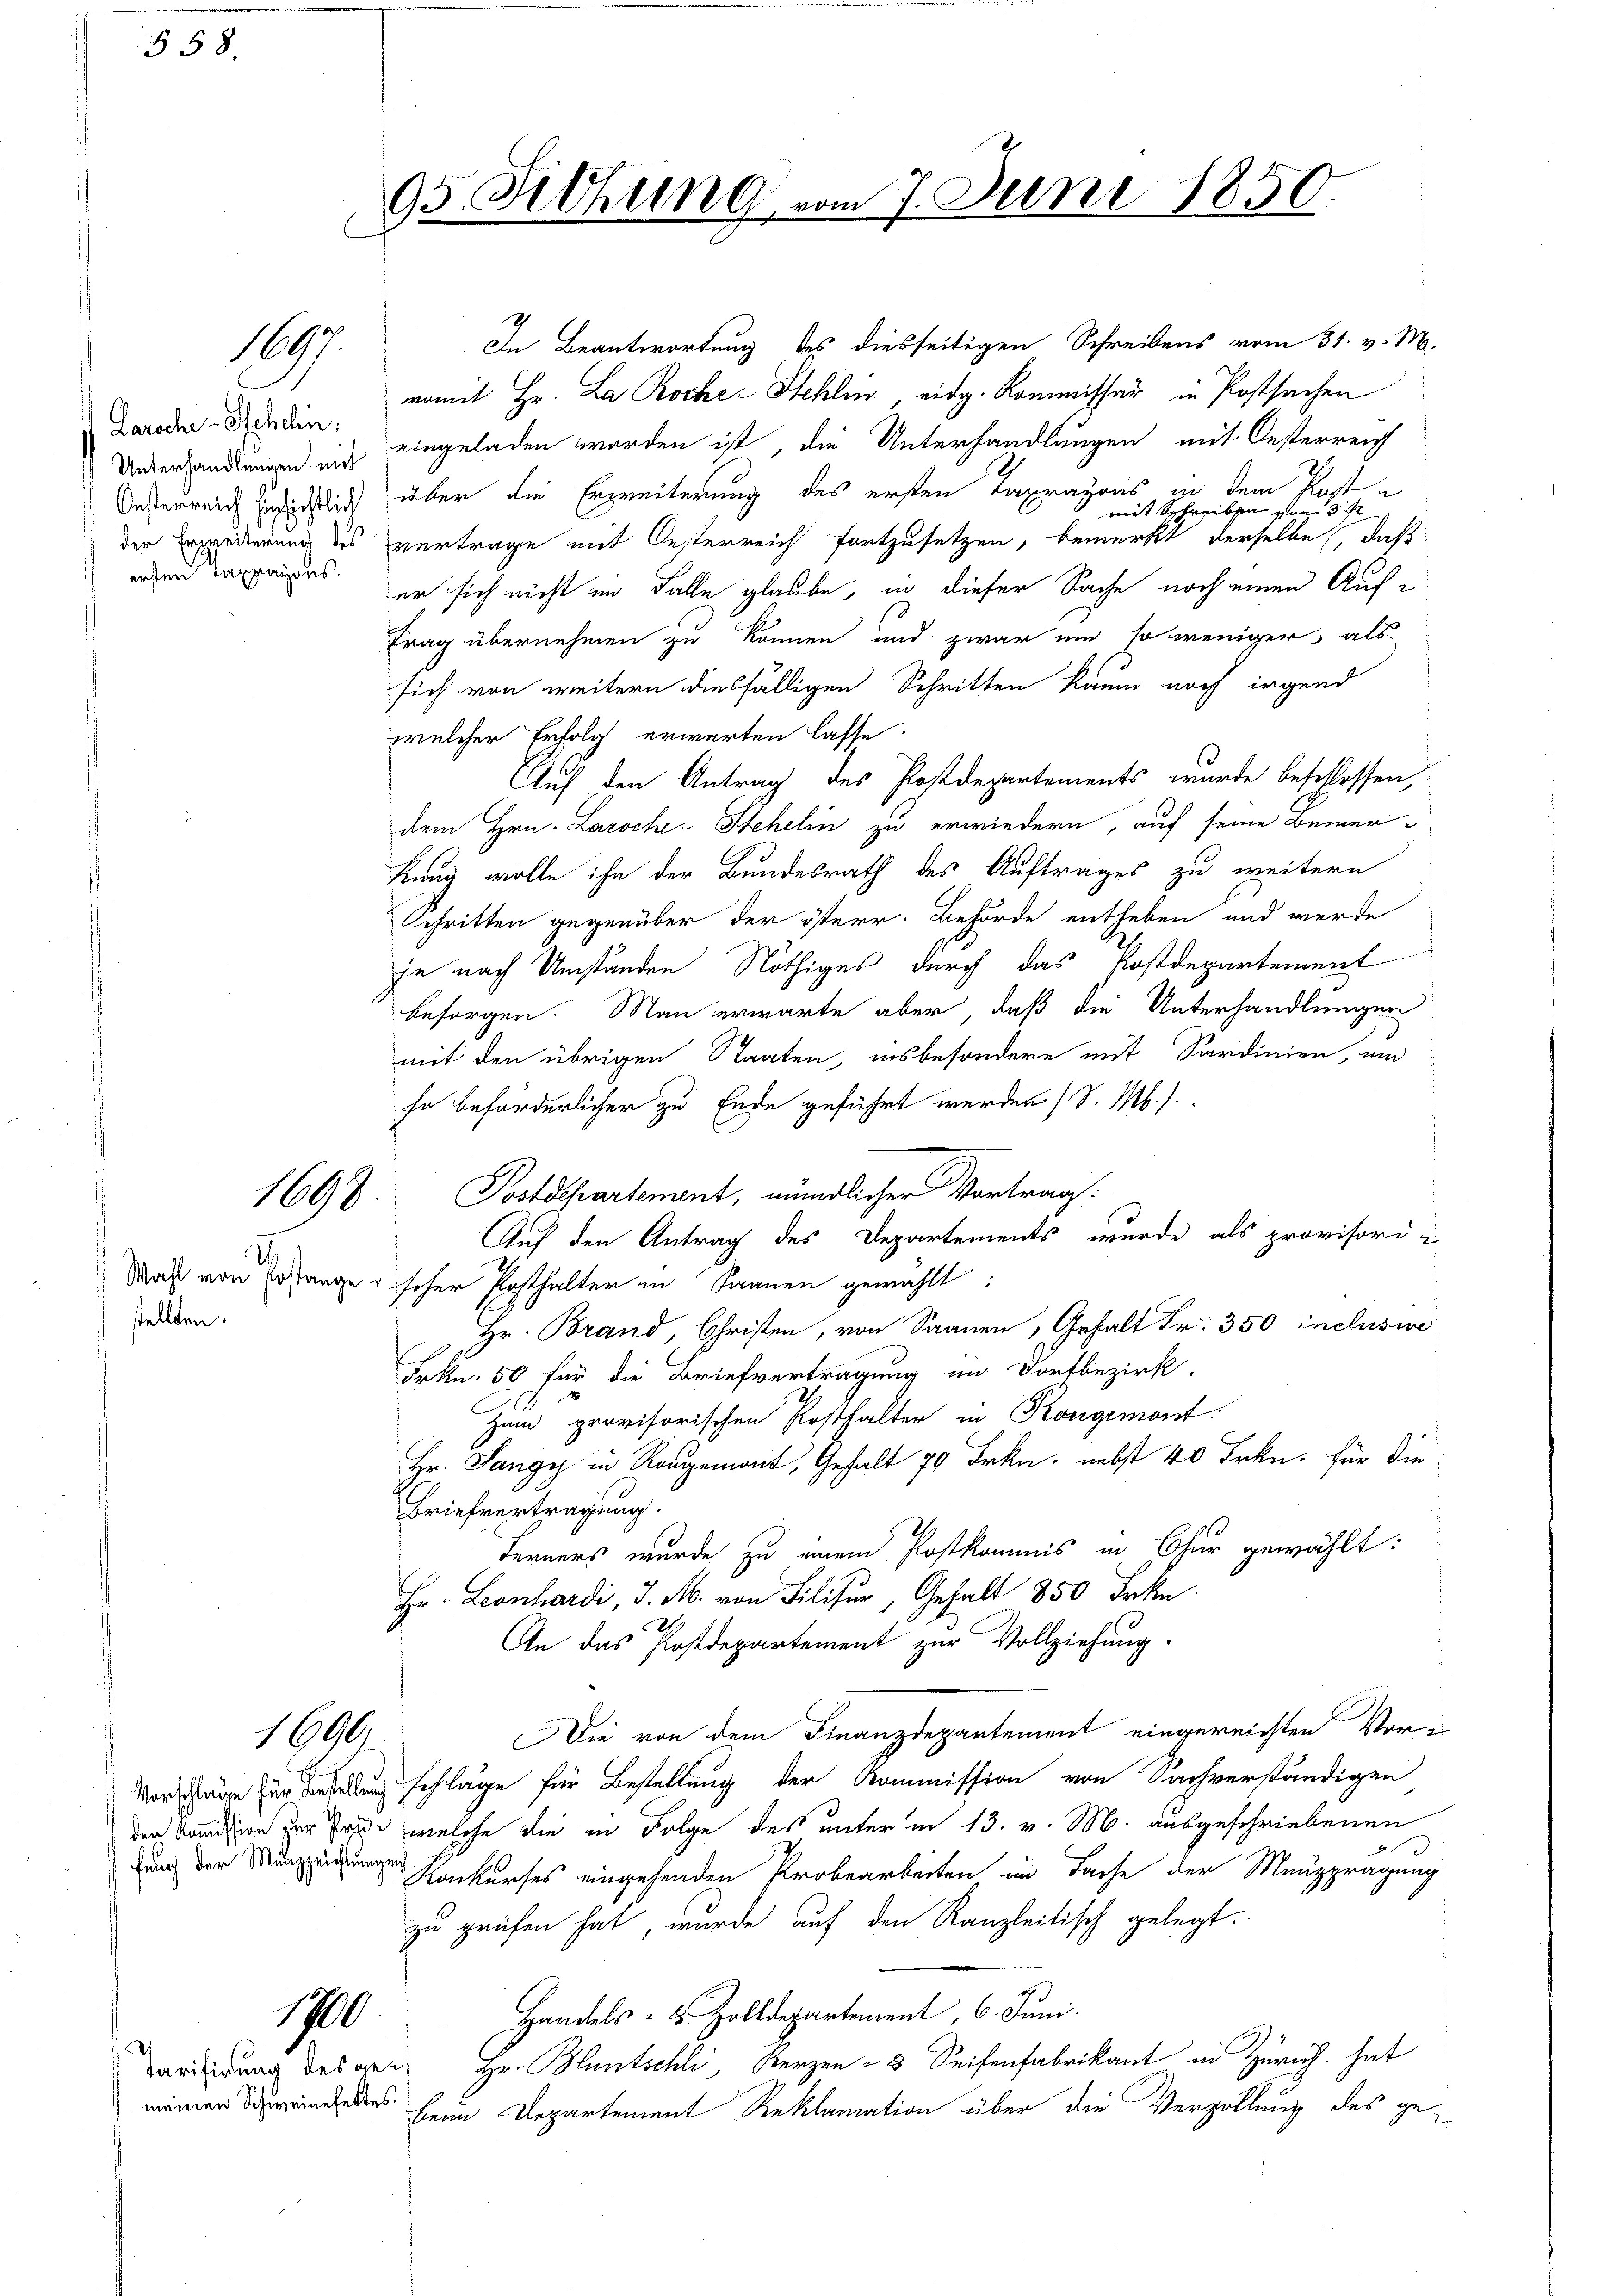
§ 58.

1697.

Laroche-Schelin:
der Erweiterung des
ersten Tappayons.

1899.

I.
stellten.

1690

fung der Manzzeichtungen

1700

Tarifirung des ge¬

95 Sitzung
m

In Beantwortung des diesseitigen Schreibens vom 31. v. M.
womit Hr. La Roche Stehlin eidg. Kommissär in Postsachen
Underenden in eingeladen worden ist, die Unterhandlungen mit Oesterreich
Oesterreich nichtlich über die Erzweiterung des ersten Tapragonis in dem Post e
mit Schreiben vom 31
vertrage mit Oesterreich fortzusetzen, bemerkt derselbe, daß
er sich nicht im Falle glaube, in dieser Sache noch einen Auftrag übernehmen zu können und zwar um so weniger, als
sich von weitern diesfälligen Schritten kaum noch irgend
welcher Erfolg erwarten lasse.
Auf den Antrag des Postdepartements wurde beschlossen,
dem Hrn. Laroche-Stehelin zu erwiedern, auf seine Bemer-
hung wolle ihn der Bundesrath des Auftrages zu weitern
Schritten gegenüber der österr. Behörde entheben und werde
je nach Umständen Nöthiges durch das Kostdepartement
besorgen. Man erwarte aber, daß die Unterhandlungen
mit den übrigen Staaten, insbesondere mit Sardinien, und
ha beförderlicher zu Ende geführt werden (S. M.).
Postdepartement, mündlicher Vortrag:
Auf den Antrag des Departements wurde als provisori¬
Maß von Erstange u. hoher Posthalter in Saanen gewählt:
Hr. Brand, Christen, von Saanen, Gehalt Fr. 350 inclusie
Frkn. 50 für die Briefvertragung im Dortbezirk.
Zum provisorischen Posthalter in Kongemont.
Hr. Sangy in Rangemont, Gehalt 70 Frkn. nebst 40 Frkn. für die¬
Briefvertragung.
Ferners wurde zu einem Postkommis in Chur gewählt:
Hr. Leonhardi, d. M. von Filisur, Gehalt 850 Frkn.
An das Postdepartement zur Vollziehung.
Die von dem Finanzdepartement eingereichten Vor¬
Vorschlage für Vertellung schlage für Bestellung der Kommission von Sachverständigen
der Kommission zur Fride, welche die in Folge des unter in 13. v. M. ausgeschriebenen
 Konkurses eingehenden Probearbeiten im Sache der Manzprägung
zu prüfen hat, wurde auf den Kanzleitisch gelegt.
Handels- u. Zolldepartement, 6. Juni.
Hr. Bluntschli, Herzen - 3 Seifenfabrikant in Zürich hat
ndes beim Departement Reklamation über die Verzöllung des ge¬

m 7. Juni 1850.